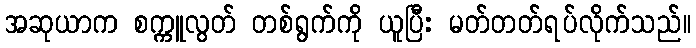
အဆုယာက စက္ကူလွတ် တစ်ရွက်ကို ယူပြီး မတ်တတ်ရပ်လိုက်သည်။